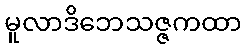
မူလာဒိဘေသဇ္ဇကထာ